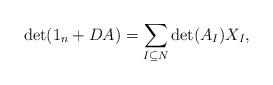
LaTeX: \begin{align*}\det(1_n+DA)=\sum_{I\subseteq N}\det(A_I)X_I,\end{align*}